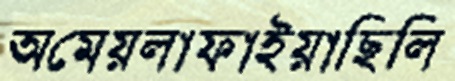
অমেয়লাফাইয়াছিলি